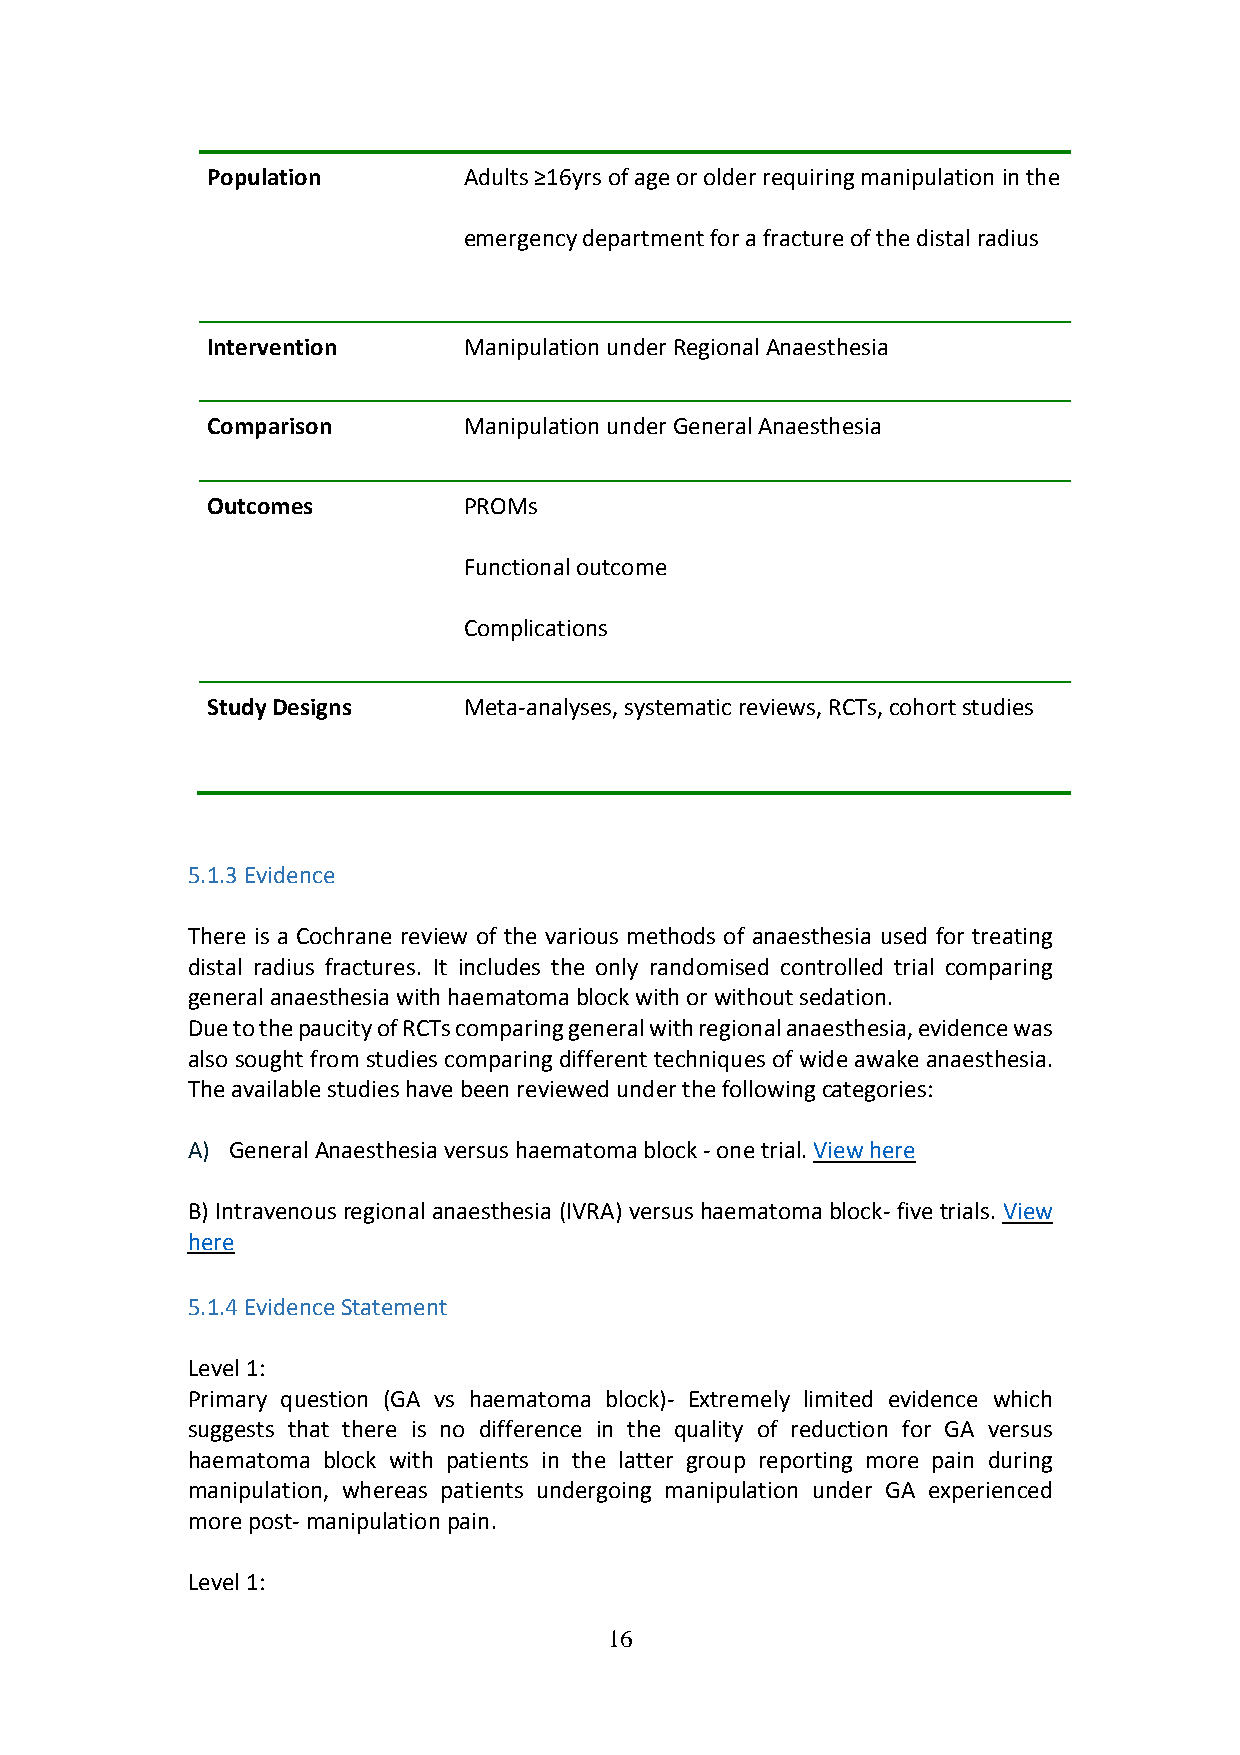
Population       Adults ≥16yrs of age or older requiring manipulation in the
 emergency department for a fracture of the distal radius
 Intervention     Manipulation under Regional Anaesthesia
 Comparison       Manipulation under General Anaesthesia
 Outcomes         PROMs
 Functional outcome
 Complications
 Study Designs    Meta-analyses, systematic reviews, RCTs, cohort studies
 5.1.3 Evidence
 There is a Cochrane review of the various methods of anaesthesia used for treating
 distal radius fractures. It includes the only randomised controlled trial comparing
 general anaesthesia with haematoma block with or without sedation.
 Due to the paucity of RCTs comparing general with regional anaesthesia, evidence was
 also sought from studies comparing different techniques of wide awake anaesthesia.
 The available studies have been reviewed under the following categories:
 A) General Anaesthesia versus haematoma block - one trial. View here
 B) Intravenous regional anaesthesia (IVRA) versus haematoma block- five trials. View
 here
 5.1.4 Evidence Statement
 Level 1:
 Primary question (GA vs haematoma block)- Extremely limited evidence which
 suggests that there is no difference in the quality of reduction for GA versus
 haematoma block with patients in the latter group reporting more pain during
 manipulation, whereas patients undergoing manipulation under GA experienced
 more post- manipulation pain.
 Level 1:
 16